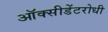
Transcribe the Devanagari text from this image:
ऑक्सीडेंटरोधी